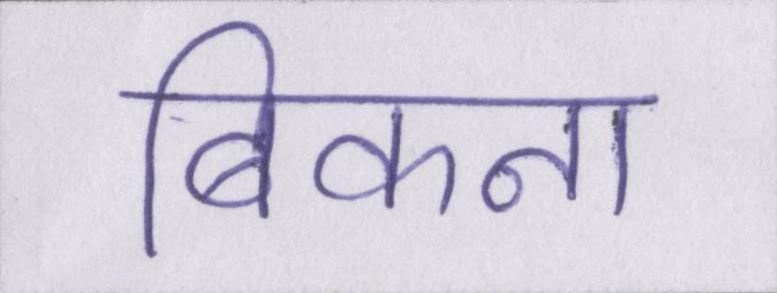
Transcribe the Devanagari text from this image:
बिकना